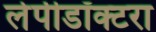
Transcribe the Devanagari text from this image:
लेपीडॉक्टरा